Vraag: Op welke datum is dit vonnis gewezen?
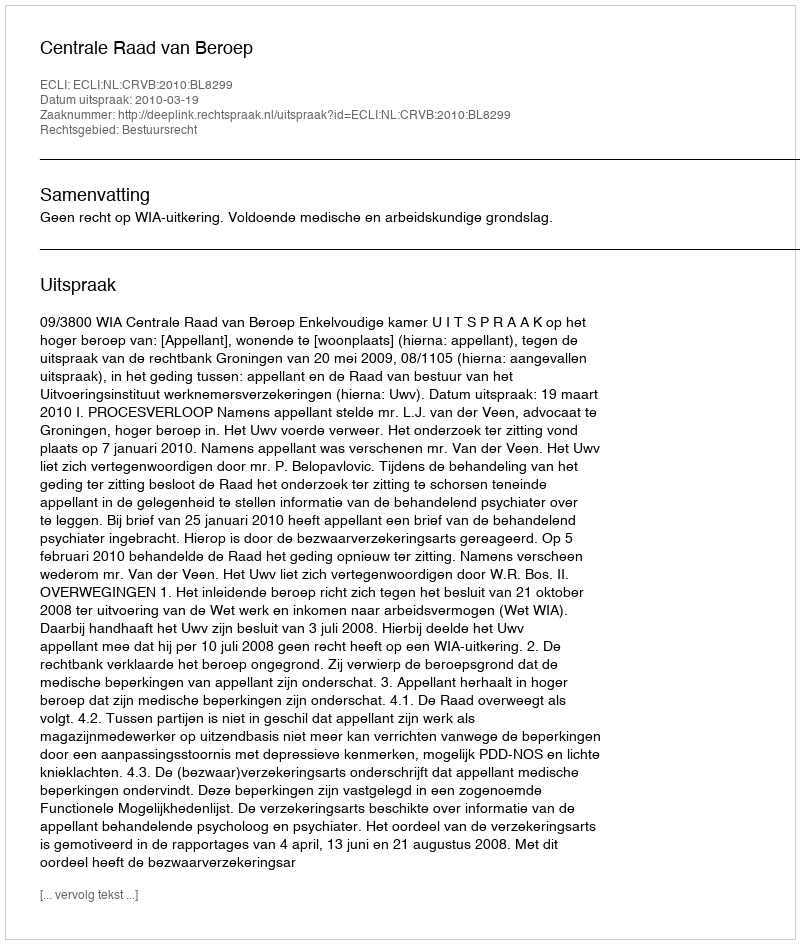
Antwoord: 2010-03-19